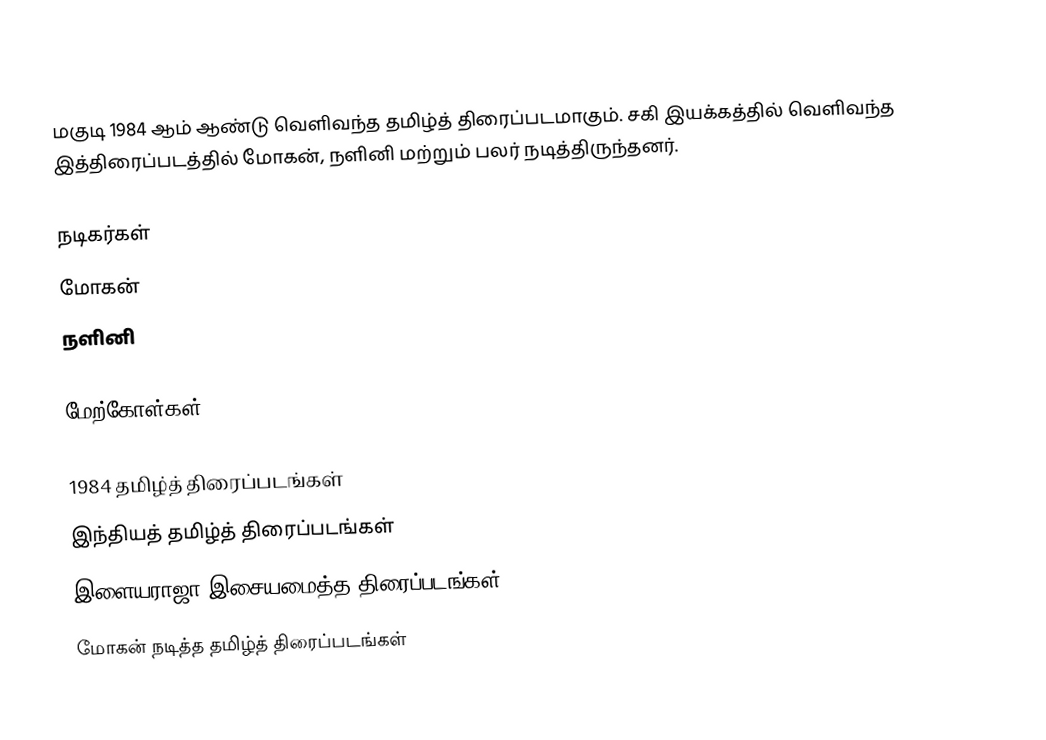
மகுடி 1984 ஆம் ஆண்டு வெளிவந்த தமிழ்த் திரைப்படமாகும். சகி இயக்கத்தில் வெளிவந்த இத்திரைப்படத்தில் மோகன், நளினி மற்றும் பலர் நடித்திருந்தனர்.

நடிகர்கள்
 மோகன்
 நளினி

மேற்கோள்கள்

1984 தமிழ்த் திரைப்படங்கள்
இந்தியத் தமிழ்த் திரைப்படங்கள்
இளையராஜா இசையமைத்த திரைப்படங்கள்
மோகன் நடித்த தமிழ்த் திரைப்படங்கள்